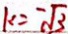
k = - \sqrt { 3 }